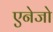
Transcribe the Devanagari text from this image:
एनेजो